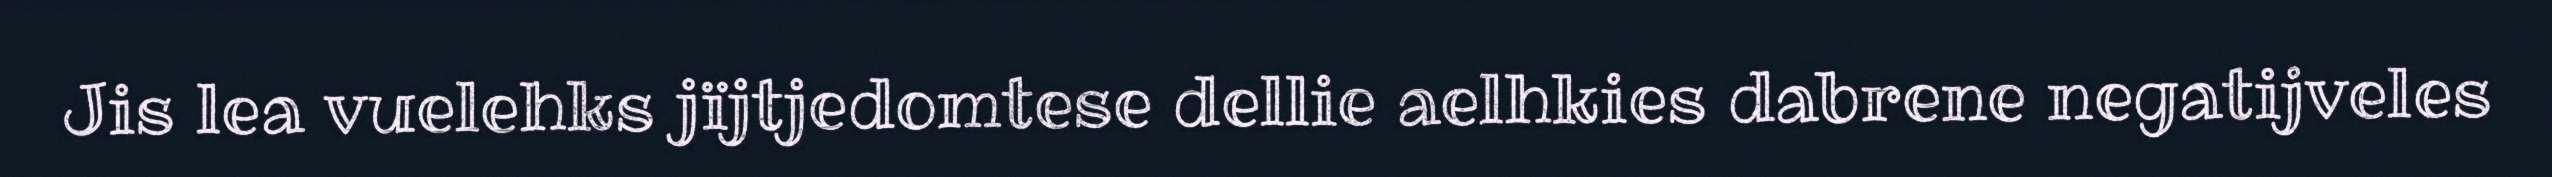
Jis lea vuelehks jïjtjedomtese dellie aelhkies dabrene negatijveles